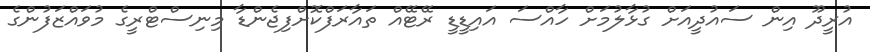
އުރީދޫ އިން ސައުދީއަށް ގުޅާލުމަށް ހާއްސަ އައިޑީޑީ ރޭޓޭއް ތައާރަފްކޮށްފިޖެންޑާ މިނިސްޓްރީގެ މުވައްޒަފުންގެ